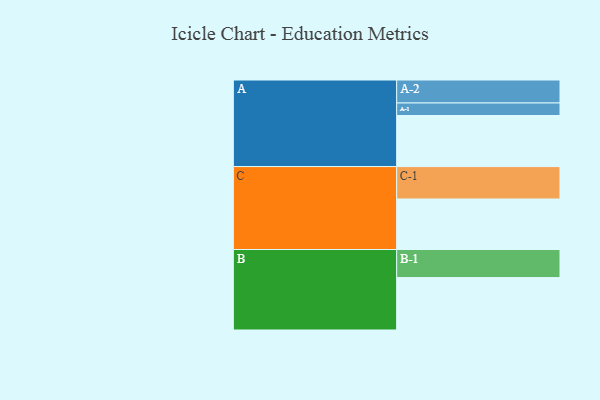
{"axis": {"x": "Segment", "y": "Value"}, "legend": ["", "A", "B", "C"], "data": [{"x": "A", "y": 378, "type": ""}, {"x": "B", "y": 388, "type": ""}, {"x": "C", "y": 374, "type": ""}, {"x": "A-1", "y": 93, "type": "A"}, {"x": "A-2", "y": 170, "type": "A"}, {"x": "B-1", "y": 208, "type": "B"}, {"x": "C-1", "y": 240, "type": "C"}]}